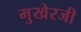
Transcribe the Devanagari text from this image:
मुखेरजी